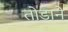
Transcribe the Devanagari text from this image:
तोडाने